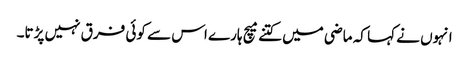
انہوں نے کہا کہ ماضی میں کتنے میچ ہارے اس سے کوئی فرق نہیں پڑتا۔